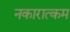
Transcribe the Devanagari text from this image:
नकारात्‍कम